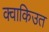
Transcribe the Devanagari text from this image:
क्वाकिउत